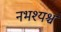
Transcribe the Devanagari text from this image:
नभश्यश्च